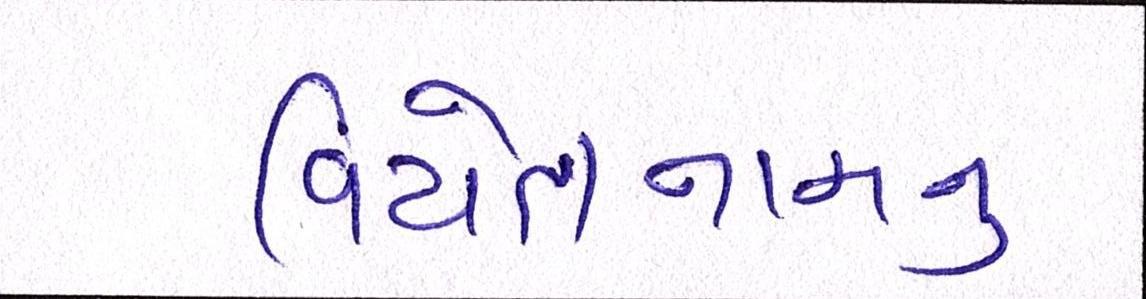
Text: વિયેતનામનું